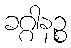
ခဂ္ဂါနဉ္စ